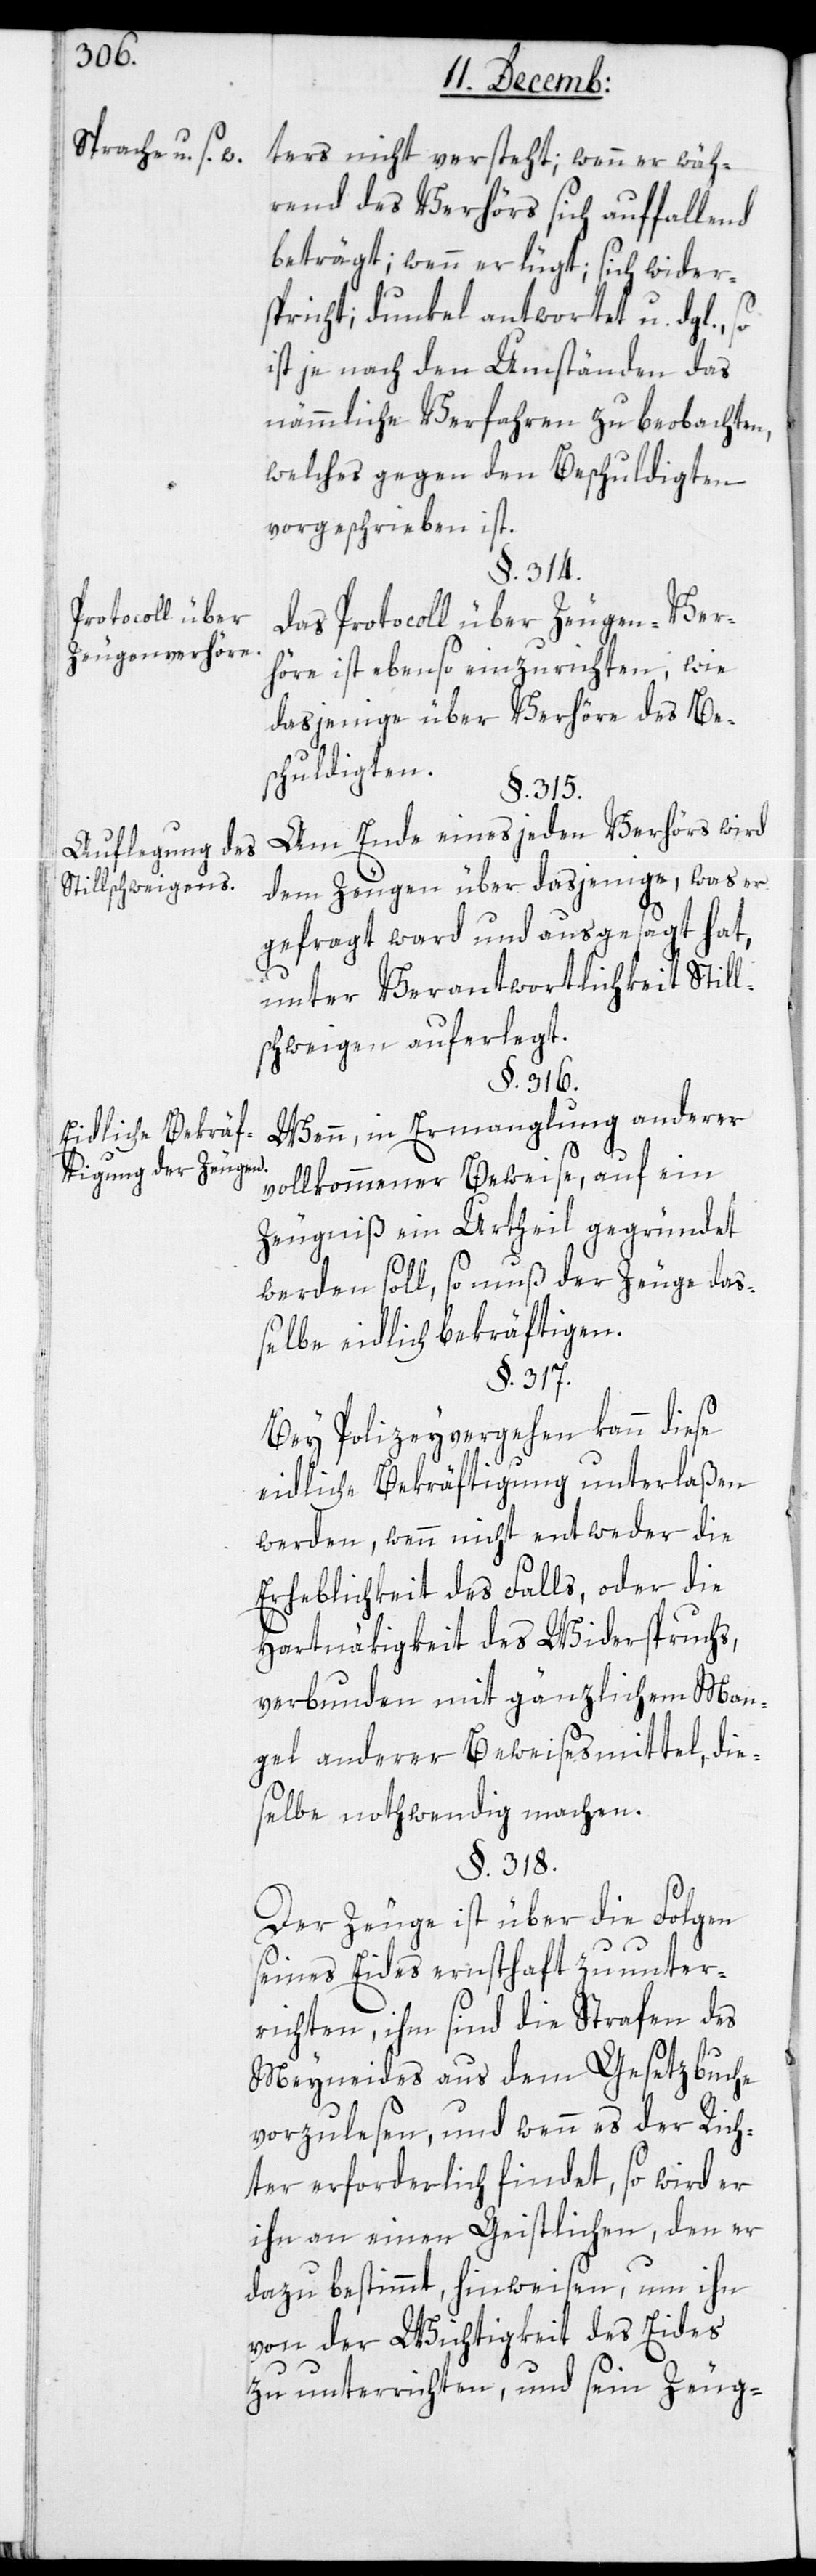
ters nicht versteht; wenn er wäh¬
rend des Verhörs sich auffallend
beträgt; wenn er lügt; sich wider¬
spricht; dunkel antwortet u. dgl.,
ist je nach den Umständen das
nämmliche Verfahren zu beobachten,
welches gegen den Beschuldigten
vorgeschrieben ist.
§. 314.
Protocoll über
Das Protocoll über Zeugen-Ver¬
Zeugenverhöre.
höre ist ebenso einzurichten, wie
dasjenige über Verhöre des Be¬
schuldigten.
§. 315.
Am Ende eines jeden Verhörs wird
Auflegung des
dem Zeugen über dasjenige, was er
Stillschweigens.
gefragt ward und ausgesagt hat,
unter Verantwortlichkeit Still¬
schweigen auferlegt.
§. 316.
Wenn in Ermanglung anderer
Eidliche Bekräf¬
tigung der Zeugen.
vollkommener Beweise, auf ein
Zeugniß ein Urtheil gegründet
werden soll, so muß der Zeuge das¬
selbe eidlich bekräftigen.
§. 317.
Bey Polizeyvergehen kann diese
eidliche Bekräftigung unterlaßen
werden, wenn nicht entweder die
Erheblichkeit des Falls, oder die
Hartnäkigkeit des Widerspruchs,
verbunden mit gänzlichem Man¬
gel anderer Beweismittel, die¬
selbe nothwendig machen.
§. 318.
Der Zeuge ist über die Folgen
seines Eides ernsthaft zu unter¬
richten, ihm sind die Strafen des
Meyneides aus dem Gesetzbuche
vorzulesen, und wenn es der Rich¬
ter erforderlich findet, so wird er
ihn an einen Geistlichen, den er
dazu bestimmt, hinweisen, um ihn
von der Wichtigkeit des Eides
zu unterrichten, und sein Zeug-